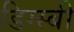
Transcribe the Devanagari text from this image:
डिग्स्बी